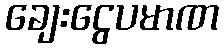
ချေးငွေပမာဏ